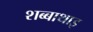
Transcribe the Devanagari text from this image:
शब्बाथाइ